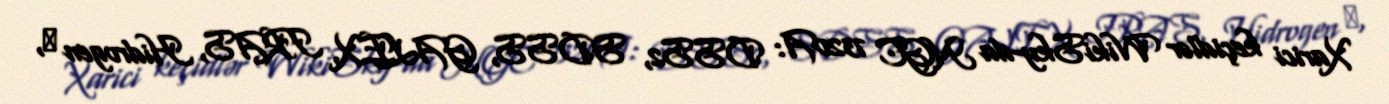
Xarici keçidlər WikiSky-da NGC 7320A: DSS2, SDSS, GALEX, IRAS, Hidrogen α,